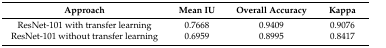
<table><thead><tr><td><b>Approach</b></td><td><b>Mean IU</b></td><td><b>Overall Accuracy</b></td><td><b>Kappa</b></td></tr></thead><tbody><tr><td>ResNet-101 with transfer learning</td><td>0.7668</td><td>0.9409</td><td>0.9076</td></tr><tr><td>ResNet-101 without transfer learning</td><td>0.6959</td><td>0.8995</td><td>0.8417</td></tr></tbody></table>